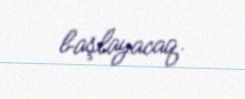
başlayacaq.